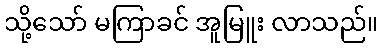
သို့သော် မကြာခင် အူမြူး လာသည်။